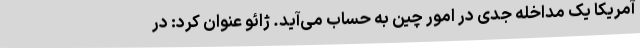
آمریکا یک مداخله جدی در امور چین به حساب می‌آید. ژائو عنوان کرد: در